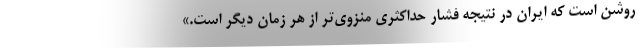
روشن است که ایران در نتیجه فشار حداکثری منزوی‌تر از هر زمان دیگر است.»